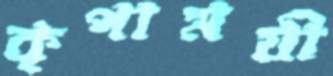
কৃপাময়ী